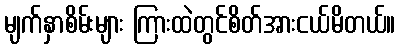
မျက်နှာစိမ်းများ ကြားထဲတွင်စိတ်အားငယ်မိတယ်။